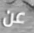
عن